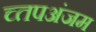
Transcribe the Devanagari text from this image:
च्तपअंजम